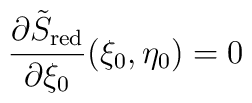
\frac{\partial \tilde{S}_{\mbox{\scriptsize red}}}{\partial\xi_0}(\xi_0,\eta_0) = 0